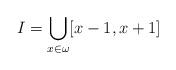
LaTeX: \begin{align*}I=\bigcup_{x\in \omega}[x-1,x+1] \end{align*}